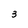
Character: 3